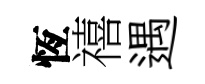
恆禧遇